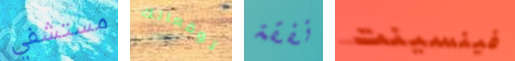
مستشفي توقعاتك نفقة فينسينت